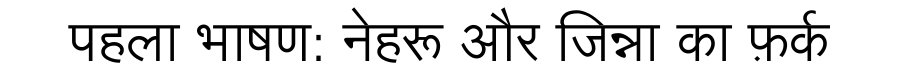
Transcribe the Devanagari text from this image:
पहला भाषण: नेहरू और जिन्ना का फ़र्क